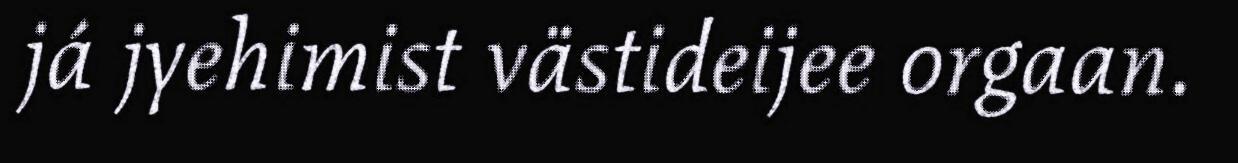
já jyehimist västideijee orgaan.